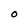
Character: O